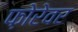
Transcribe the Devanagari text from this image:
फ़ोरेवर